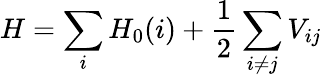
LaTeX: H=\sum_{i}H_{0}(i)+\frac{1}{2}\sum_{i\neq j}V_{ij}